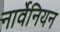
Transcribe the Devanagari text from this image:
नार्वेनियन